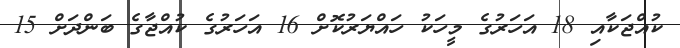
ކުއްޖަކާއި 18 އަހަރުގެ މީހަކު ހައްޔަރުކޮށް 16 އަހަރުގެ ކުއްޖާގެ ބަންދަށް 15